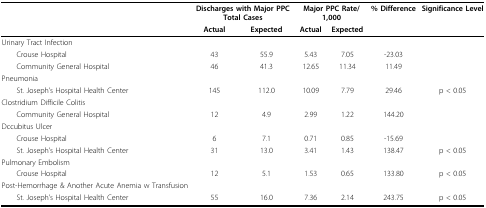
<table><thead><tr><td></td><td colspan="2"><b>Discharges with Major PPC Total Cases</b></td><td colspan="2"><b>Major PPC Rate/1,000</b></td><td><b>% Difference</b></td><td><b>Significance Level</b></td></tr><tr><td></td><td><b>Actual</b></td><td><b>Expected</b></td><td><b>Actual</b></td><td><b>Expected</b></td><td></td><td></td></tr></thead><tbody><tr><td>Urinary Tract Infection</td><td></td><td></td><td></td><td></td><td></td><td></td></tr><tr><td> Crouse Hospital</td><td>43</td><td>55.9</td><td>5.43</td><td>7.05</td><td>-23.03</td><td></td></tr><tr><td> Community General Hospital</td><td>46</td><td>41.3</td><td>12.65</td><td>11.34</td><td>11.49</td><td></td></tr><tr><td colspan="2">Pneumonia</td><td></td><td></td><td></td><td></td><td></td></tr><tr><td> St. Joseph&#x27;s Hospital Health Center</td><td>145</td><td>112.0</td><td>10.09</td><td>7.79</td><td>29.46</td><td>p &lt; 0.05</td></tr><tr><td>Clostridium Difficile Colitis</td><td></td><td></td><td></td><td></td><td></td><td></td></tr><tr><td> Community General Hospital</td><td>12</td><td>4.9</td><td>2.99</td><td>1.22</td><td>144.20</td><td></td></tr><tr><td>Dccubitus Ulcer</td><td></td><td></td><td></td><td></td><td></td><td></td></tr><tr><td> Crouse Hospital</td><td>6</td><td>7.1</td><td>0.71</td><td>0.85</td><td>-15.69</td><td></td></tr><tr><td> St. Joseph&#x27;s Hospital Health Center</td><td>31</td><td>13.0</td><td>3.41</td><td>1.43</td><td>138.47</td><td>p &lt; 0.05</td></tr><tr><td>Pulmonary Embolism</td><td></td><td></td><td></td><td></td><td></td><td></td></tr><tr><td> Crouse Hospital</td><td>12</td><td>5.1</td><td>1.53</td><td>0.65</td><td>133.80</td><td>p &lt; 0.05</td></tr><tr><td>Post-Hemorrhage &amp; Another Acute Anemia w Transfusion</td><td></td><td></td><td></td><td></td><td></td><td></td></tr><tr><td> St. Joseph&#x27;s Hospital Health Center</td><td>55</td><td>16.0</td><td>7.36</td><td>2.14</td><td>243.75</td><td>p &lt; 0.05</td></tr></tbody></table>